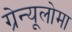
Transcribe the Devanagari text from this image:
ग्रेन्यूलोमा